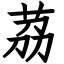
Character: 茘